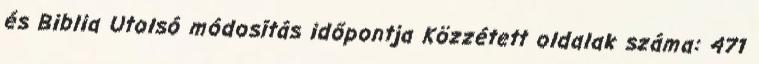
és Biblia Utolsó módosítás időpontja Közzétett oldalak száma: 471